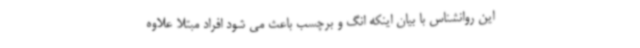
این روانشناس با بیان اینکه انگ و برچسب باعث می شود افراد مبتلا علاوه